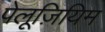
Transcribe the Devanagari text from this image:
पेलूज़ियिम